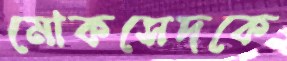
মোকসেদকে